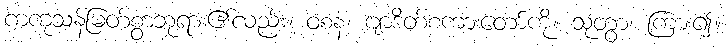
ကကုသန်မြတ်စွာဘုရား၏လည်း။ ဝစနံ၊ ဗျာဒိတ်စကားတော်ကို။ သုတွာ၊ ကြား၍။